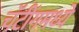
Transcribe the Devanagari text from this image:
चॅटींगमध्ये